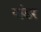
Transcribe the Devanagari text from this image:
यांडर